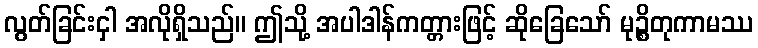
လွတ်ခြင်းငှါ အလိုရှိသည်။ ဤသို့ အပါဒါန်ကတ္တားဖြင့် ဆိုခြေသော် မုဉ္စိတုကာမဿ